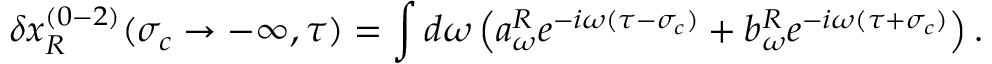
\delta x _ { R } ^ { ( 0 - 2 ) } ( \sigma _ { c } \rightarrow - \infty , \tau ) = \int d \omega \left( a _ { \omega } ^ { R } e ^ { - i \omega ( \tau - \sigma _ { c } ) } + b _ { \omega } ^ { R } e ^ { - i \omega ( \tau + \sigma _ { c } ) } \right) .